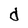
Character: d